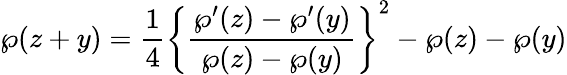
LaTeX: \wp(z+y)={\frac{1}{4}}\left\{ {\frac{\wp^{\prime}(z)-\wp^{\prime}(y)}{\wp(z)-\wp(y)}}\right\} ^{2}-\wp(z)-\wp(y)